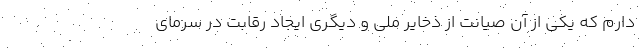
دارم که یکی از آن صیانت از ذخایر ملی و دیگری ایجاد رقابت در سرمای